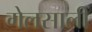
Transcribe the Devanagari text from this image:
गेलसालीं